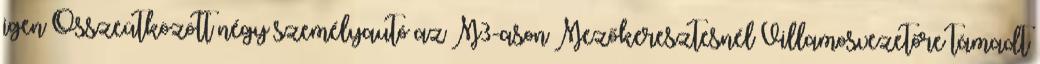
igen Összeütközött négy személyautó az M3-ason Mezőkeresztesnél Villamosvezetőre támadt